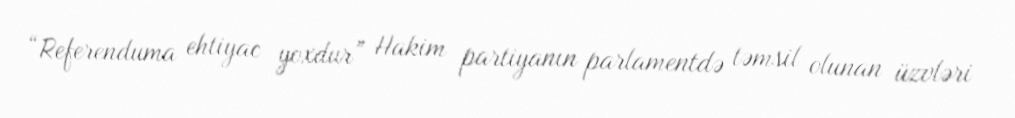
“Referenduma ehtiyac yoxdur” Hakim partiyanın parlamentdə təmsil olunan üzvləri